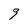
Character: 9